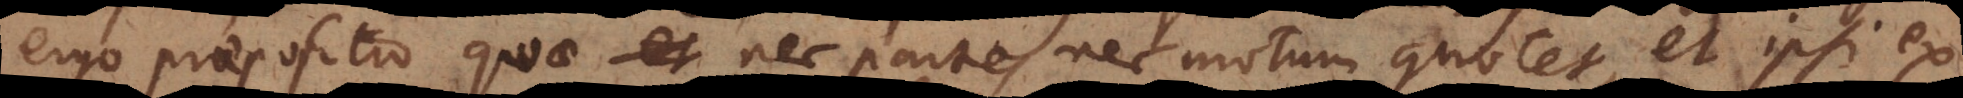
ergo praepositio quae et nec partes nec motum connotet, et ipsi ex